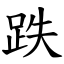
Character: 跌